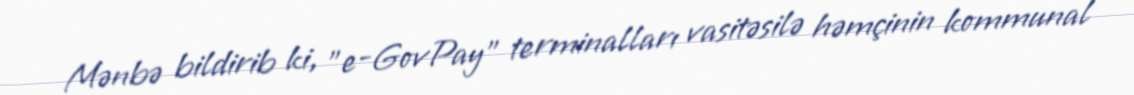
Mənbə bildirib ki, "e-GovPay" terminalları vasitəsilə həmçinin kommunal